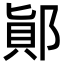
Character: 𨜭